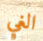
الغي